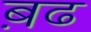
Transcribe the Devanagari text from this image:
ब़ढ